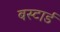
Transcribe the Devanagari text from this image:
बस्टार्ड